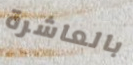
بالعاشرة